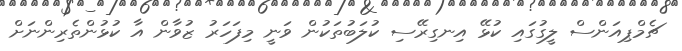
ޗެމްޕިއަންސް ލީގުގައި ކުޅޭ އިނގިރޭސި ކުލަބުތަކުން ވަނީ މިފަހަރު ޒުވާން އާ ކުޅުންތެރިންނަށް